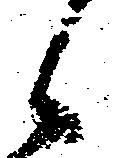
候